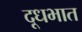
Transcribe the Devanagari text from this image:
दूधभात